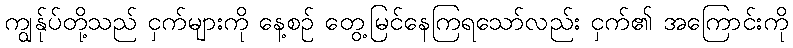
ကျွန်ုပ်တို့သည် ငှက်များကို နေ့စဉ် တွေ့မြင်နေကြရသော်လည်း ငှက်၏ အကြောင်းကို